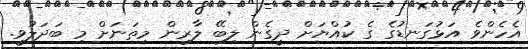
އެހެންވެ އަޅުގަނޑުގެ ގެ ކުއްޔަށް ދީގެން ލިބޭ ލާރިން މިތަނަށް މި ބަދަލުވީ.